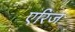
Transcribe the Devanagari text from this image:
एरिज